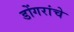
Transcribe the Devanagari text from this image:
डोंगरांचे